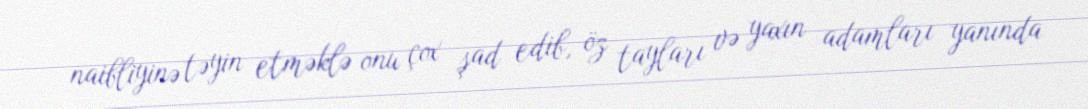
naibliyinə təyin etməklə onu çox şad edib, öz tayları və yaxın adamları yanında